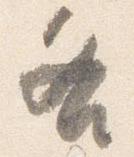
各